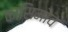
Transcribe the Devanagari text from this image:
कासिमोव